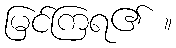
မြင်ကြရ၏ ။